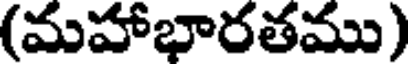
(మహాభారతము)